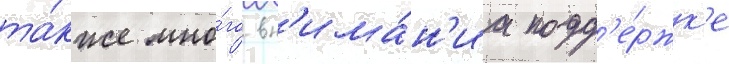
та́кже мно́го вн'има́н'иа подд'е́ржк'е